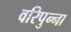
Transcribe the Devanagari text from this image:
वरिपुन्‍ना